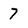
Character: 7